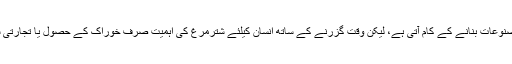
شتر مرغ ایک حلال پرندہ ہے، جس کا گوشت نہایت لذیذ اور مقوی ہوتا ہے جبکہ اس کی جلد چمڑے کی مصنوعات بنانے کے کام آتی ہے، لیکن وقت گزرنے کے ساتھ انسان کیلئے شترمرغ کی اہمیت صرف خوراک کے حصول یا تجارتی سرگرمیوں کے لئے ہی نہیں رہی بلکہ آج یہ اْس (انسان) کے کھیل کے شوق کی تسکین میں بھی معاون ہے۔